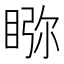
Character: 𥇎